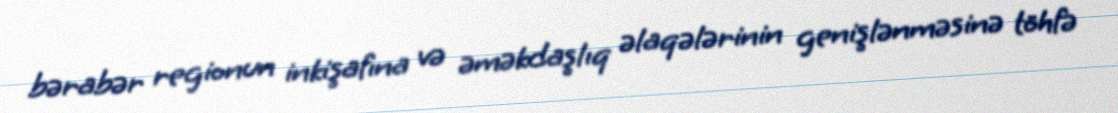
bərabər regionun inkişafına və əməkdaşlıq əlaqələrinin genişlənməsinə töhfə